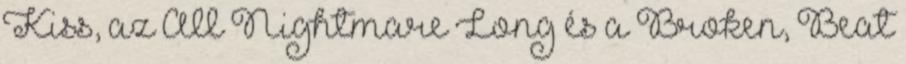
Kiss, az All Nightmare Long és a Broken, Beat